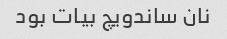
نان ساندویچ بیات بود